King Institute of Preventive Medicine Bacteriolog. Section reports 1907-08
Year: 1907
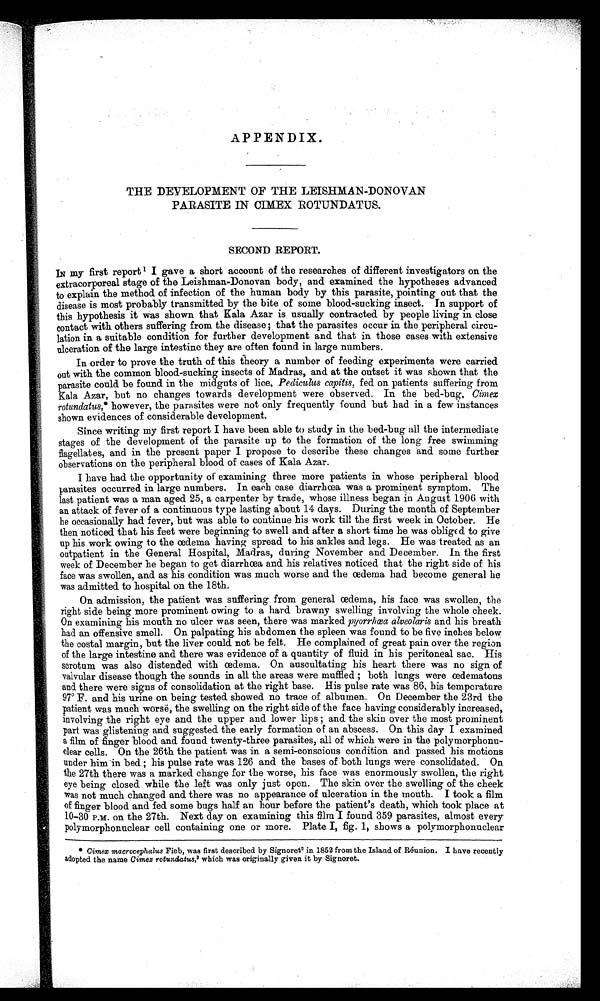
APPENDIX.
THE DEVELOPMENT OF THE LEISHMAN-DONOVAN
PARASITE IN CIMEX ROTUNDATUS.
SECOND REPORT.
IN my first report1 I gave a short account of the researches of different investigators on the
extracorporeal stage of the Leishman-Donovan body, and examined the hypotheses advanced
to explain the method of infection of the human body by this parasite, pointing out that the
disease is most probably transmitted by the bite of some blood-sucking insect. In support of
this hypothesis it was shown that Kala Azar is usually contracted by people living in close
contact with others suffering from the disease ; that the parasites occur in the peripheral circu-
lation in a suitable condition for further development and that in those cases with extensive
ulceration of the large intestine they are often found in large numbers.
In order to prove the truth of this theory a number of feeding experiments were carried
out with the common blood-sucking insects of Madras, and at the outset it was shown that the
parasite could be found in the midguts of lice, Pediculus capitis, fed on patients suffering from
Kala Azar, but no changes towards development were observed. In the bed-bug, Cimex
rotundatus,* however, the parasites were not only frequently found but had in a few instances
shown evidences of considerable development.
Since writing my first report I have been able to study in the bed-bug all the intermediate
stages of the development of the parasite up to the formation of the long free swimming
flagellates, and in the present paper I propose to describe these changes and some further
observations on the peripheral blood of cases of Kala Azar.
I have had the opportunity of examining three more patients in whose peripheral blood
parasites occurred in large numbers. In each case diarrhoea was a prominent symptom. The
last patient was a man aged 25, a carpenter by trade, whose illness began in August 1906 with
an attack of fever of a continuous type lasting about 14 days. During the month of September
he occasionally had fever, but was able to continue his work till the first week in October. He
then noticed that his feet were beginning to swell and after a short time he was obliged to give
up his work owing to the œdema, having spread to his ankles and legs. He was treated as an
outpatient in the General Hospital, Madras, during November and December. In the first
week of December he began to get diarrhoea and his relatives noticed that the right side of his
face was swollen, and as his condition was much worse and the œdema had become general he
was admitted to hospital on the 18th.
On admission, the patient was suffering from general œdema, his face was swollen, the
right side being more prominent owing to a hard brawny swelling involving the whole cheek.
On examining his mouth no ulcer was seen, there was marked pyorrhœa alveolaris and his breath
had an offensive smell. On palpating his abdomen the spleen was found to be five inches below
the costal margin, but the liver could not be felt. He complained of great pain over the region
of the large intestine and there was evidence of a quantity of fluid in his peritoneal sac. His
scrotum was also distended with œdema. On auscultating his heart there was no sign of
valvular disease though the sounds in all the areas were muffled; both lungs were oedematous
and there were signs of consolidation at the right base. His pulse rate was 86, his temperature
97° F. and his urine on being tested showed no trace of albumen. On December the 23rd the
patient was much worse, the swelling on the right side of the face having considerably increased,
involving the right eye and the upper and lower lips ; and the skin over the most prominent
part was glistening and suggested the early formation o f an abscess. On this day I examined
a film of finger blood and found twenty-three parasites, all of which were in the polymorphonu-
clear cells. On the 26th the patient was in a semi-conscious condition and passed his motions
under him in bed his pulse rate was 126 and the bases of both lungs were consolidated. On
the 27th there was a marked change for the worse, his face was enormously- swollen, the right
eye being closed while the left was only just open. The skin over the swelling of the cheek
was not much changed and there was no appearance of ulceration in the mouth. I took a film
of finger blood and fed some bugs half an hour before the patient's death, which took place at
10-30 P.M. on the 27th. Next day on examining this film I found 359 parasites, almost every
polymorphonuclear cell containing one or more. Plate I, fig. 1, shows a poly-morphonuclear
Cimex macrocephalus Fieb, was first described by Signoret 2 in 1852 from the Island of Reunion. I have recently
adopted the name Cimex rotunclatus,3 which was originally given it by Signoret.